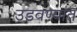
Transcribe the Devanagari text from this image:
उडवण्यात